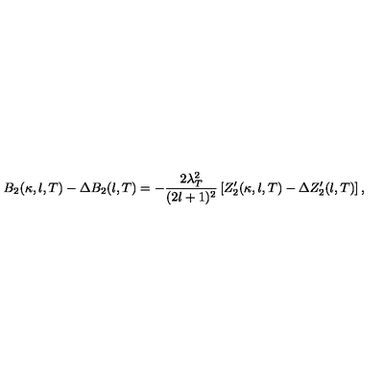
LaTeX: B _ { 2 } ( \kappa , l , T ) - \Delta B _ { 2 } ( l , T ) = - \frac { 2 \lambda _ { T } ^ { 2 } } { ( 2 l + 1 ) ^ { 2 } } \left[ Z _ { 2 } ^ { \prime } ( \kappa , l , T ) - \Delta Z _ { 2 } ^ { \prime } ( l , T ) \right] ,